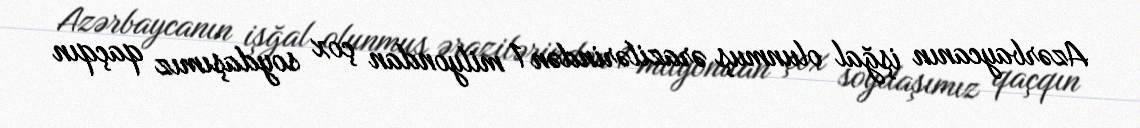
Azərbaycanın işğal olunmuş ərazilərindən 1 milyondan çox soydaşımız qaçqın